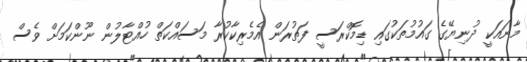
މާނައަކީ ދުނިޔޭގެ ގައުމުތަކުގައި ޑިމޮކްރަސީ ފަތުރަން އެމެރިކާކުރާ މަސައްކަތް ހުއްޓާލުން ނޫންކަމަށް ވެސް